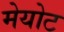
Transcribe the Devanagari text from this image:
मेयोट